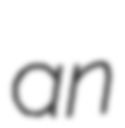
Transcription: an